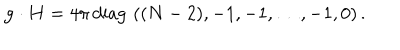
LaTeX: { \bf g } \cdot { \bf H } = { 4 \pi } \, \mathrm { d i a g } \, \, ( ( N - 2 ) , - 1 , - 1 , \dots , - 1 , 0 ) \, .